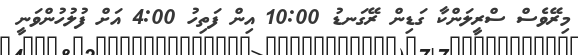
މިރޭވެސް ސްރީލަންކާ ގަޑިން ރޭގަނޑު 10:00 އިން ފަތިހު 4:00 އަށް ފުލުހުންވަނީ